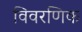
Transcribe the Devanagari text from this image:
विवरणिक